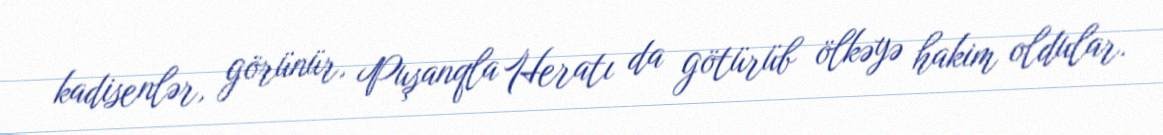
kadisenlər, görünür, Puşanqla Heratı da götürüb ölkəyə hakim oldular.